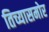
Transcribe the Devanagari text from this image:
तिच्यासमोर